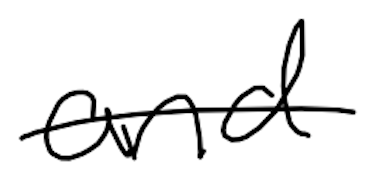
Text: and
Cross-out: single-line
Writing tool: digital_black